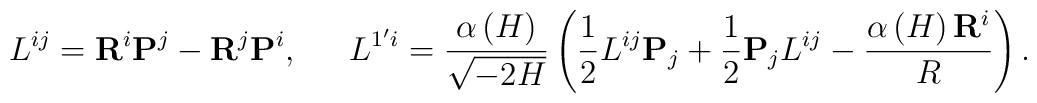
L^{ij}={\bf R}^i{\bf P}^j-{\bf R}^j{\bf P}^i,\,\,\,\quad L^{1^{\prime }i}= \frac{\alpha \left( H\right) }{\sqrt{-2H}}\left( \frac 12L^{ij}{\bf P}_j+\frac 12{\bf P}_jL^{ij}-\frac{\alpha \left( H\right) {\bf R}^i}R\right) .